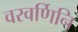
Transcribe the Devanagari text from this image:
वरवर्णिनि